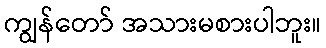
ကျွန်တော် အသားမစားပါဘူး။